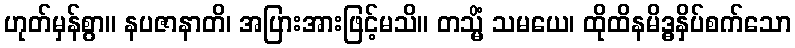
ဟုတ်မှန်စွာ။ နပဇာနာတိ၊ အပြားအားဖြင့်မသိ။ တသ္မိံ သမယေ၊ ထိုထိနမိဒ္ဓနှိပ်စက်သော